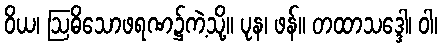
ဝိယ၊ ဩဓိသောဖရဏ၌ကဲ့သို့။ ပုန၊ ဖန်။ တထာသဒ္ဒေါ၊ ဝါ၊